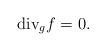
LaTeX: \begin{align*} \textrm{div}_{g} f = 0.\end{align*}